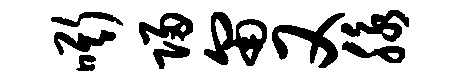
嘶归匍又脉